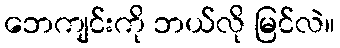
ဘေကျင်းကို ဘယ်လို မြင်လဲ။